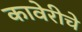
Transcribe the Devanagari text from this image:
कावेरीचे